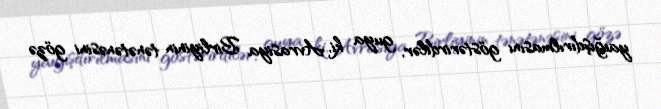
yaığışdırılmasını göstərirdilər, guya ki, Avrasiya Birliyinin tənətənəsini gözə